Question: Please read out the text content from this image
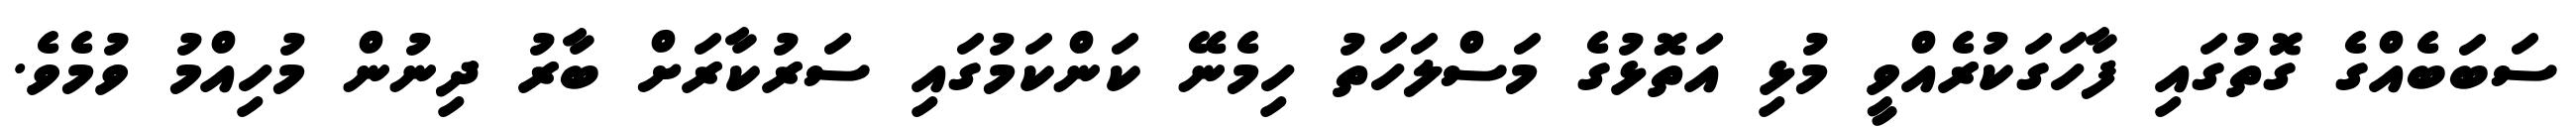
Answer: ސަބަބެއްގެ ގޮތުގައި ފާހަގަކުރެއްވީ މުޅި އަތޮޅުގެ މަސްލަހަތު ހިމެނޭ ކަންކަމުގައި ސަރުކާރަށް ބާރު ދިނުން މުހިއްމު ވުމެވެ.